Senior Leaving Certificate Examination (including Day School Certificate (Higher) General paper), 1948
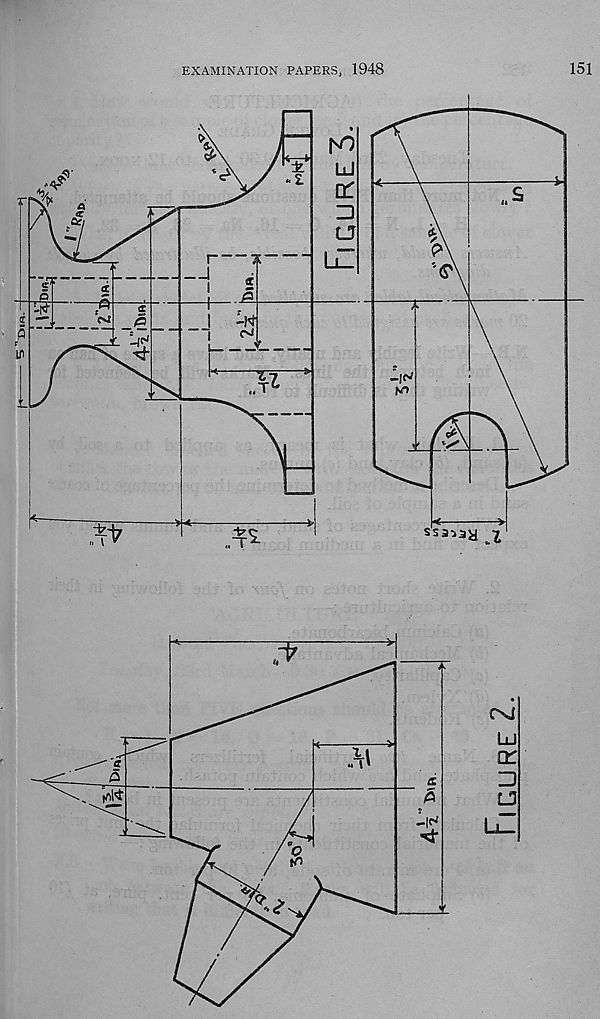
^X>1R-
EXAMINATION PAPERS, 1948
151
K)
Id
■ ■
o:
%
=3
L7
-K
Cm
5T
6 7
T 6
ssa^ay i
M
.. i'
rnW
-IN
st
Figure 2.